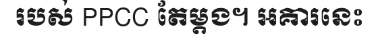
របស់ PPCC តែម្តង។ អគារនេះ